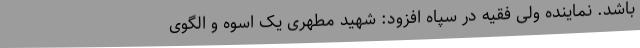
باشد. نماینده ولی فقیه در سپاه افزود: شهید مطهری یک اسوه و الگوی